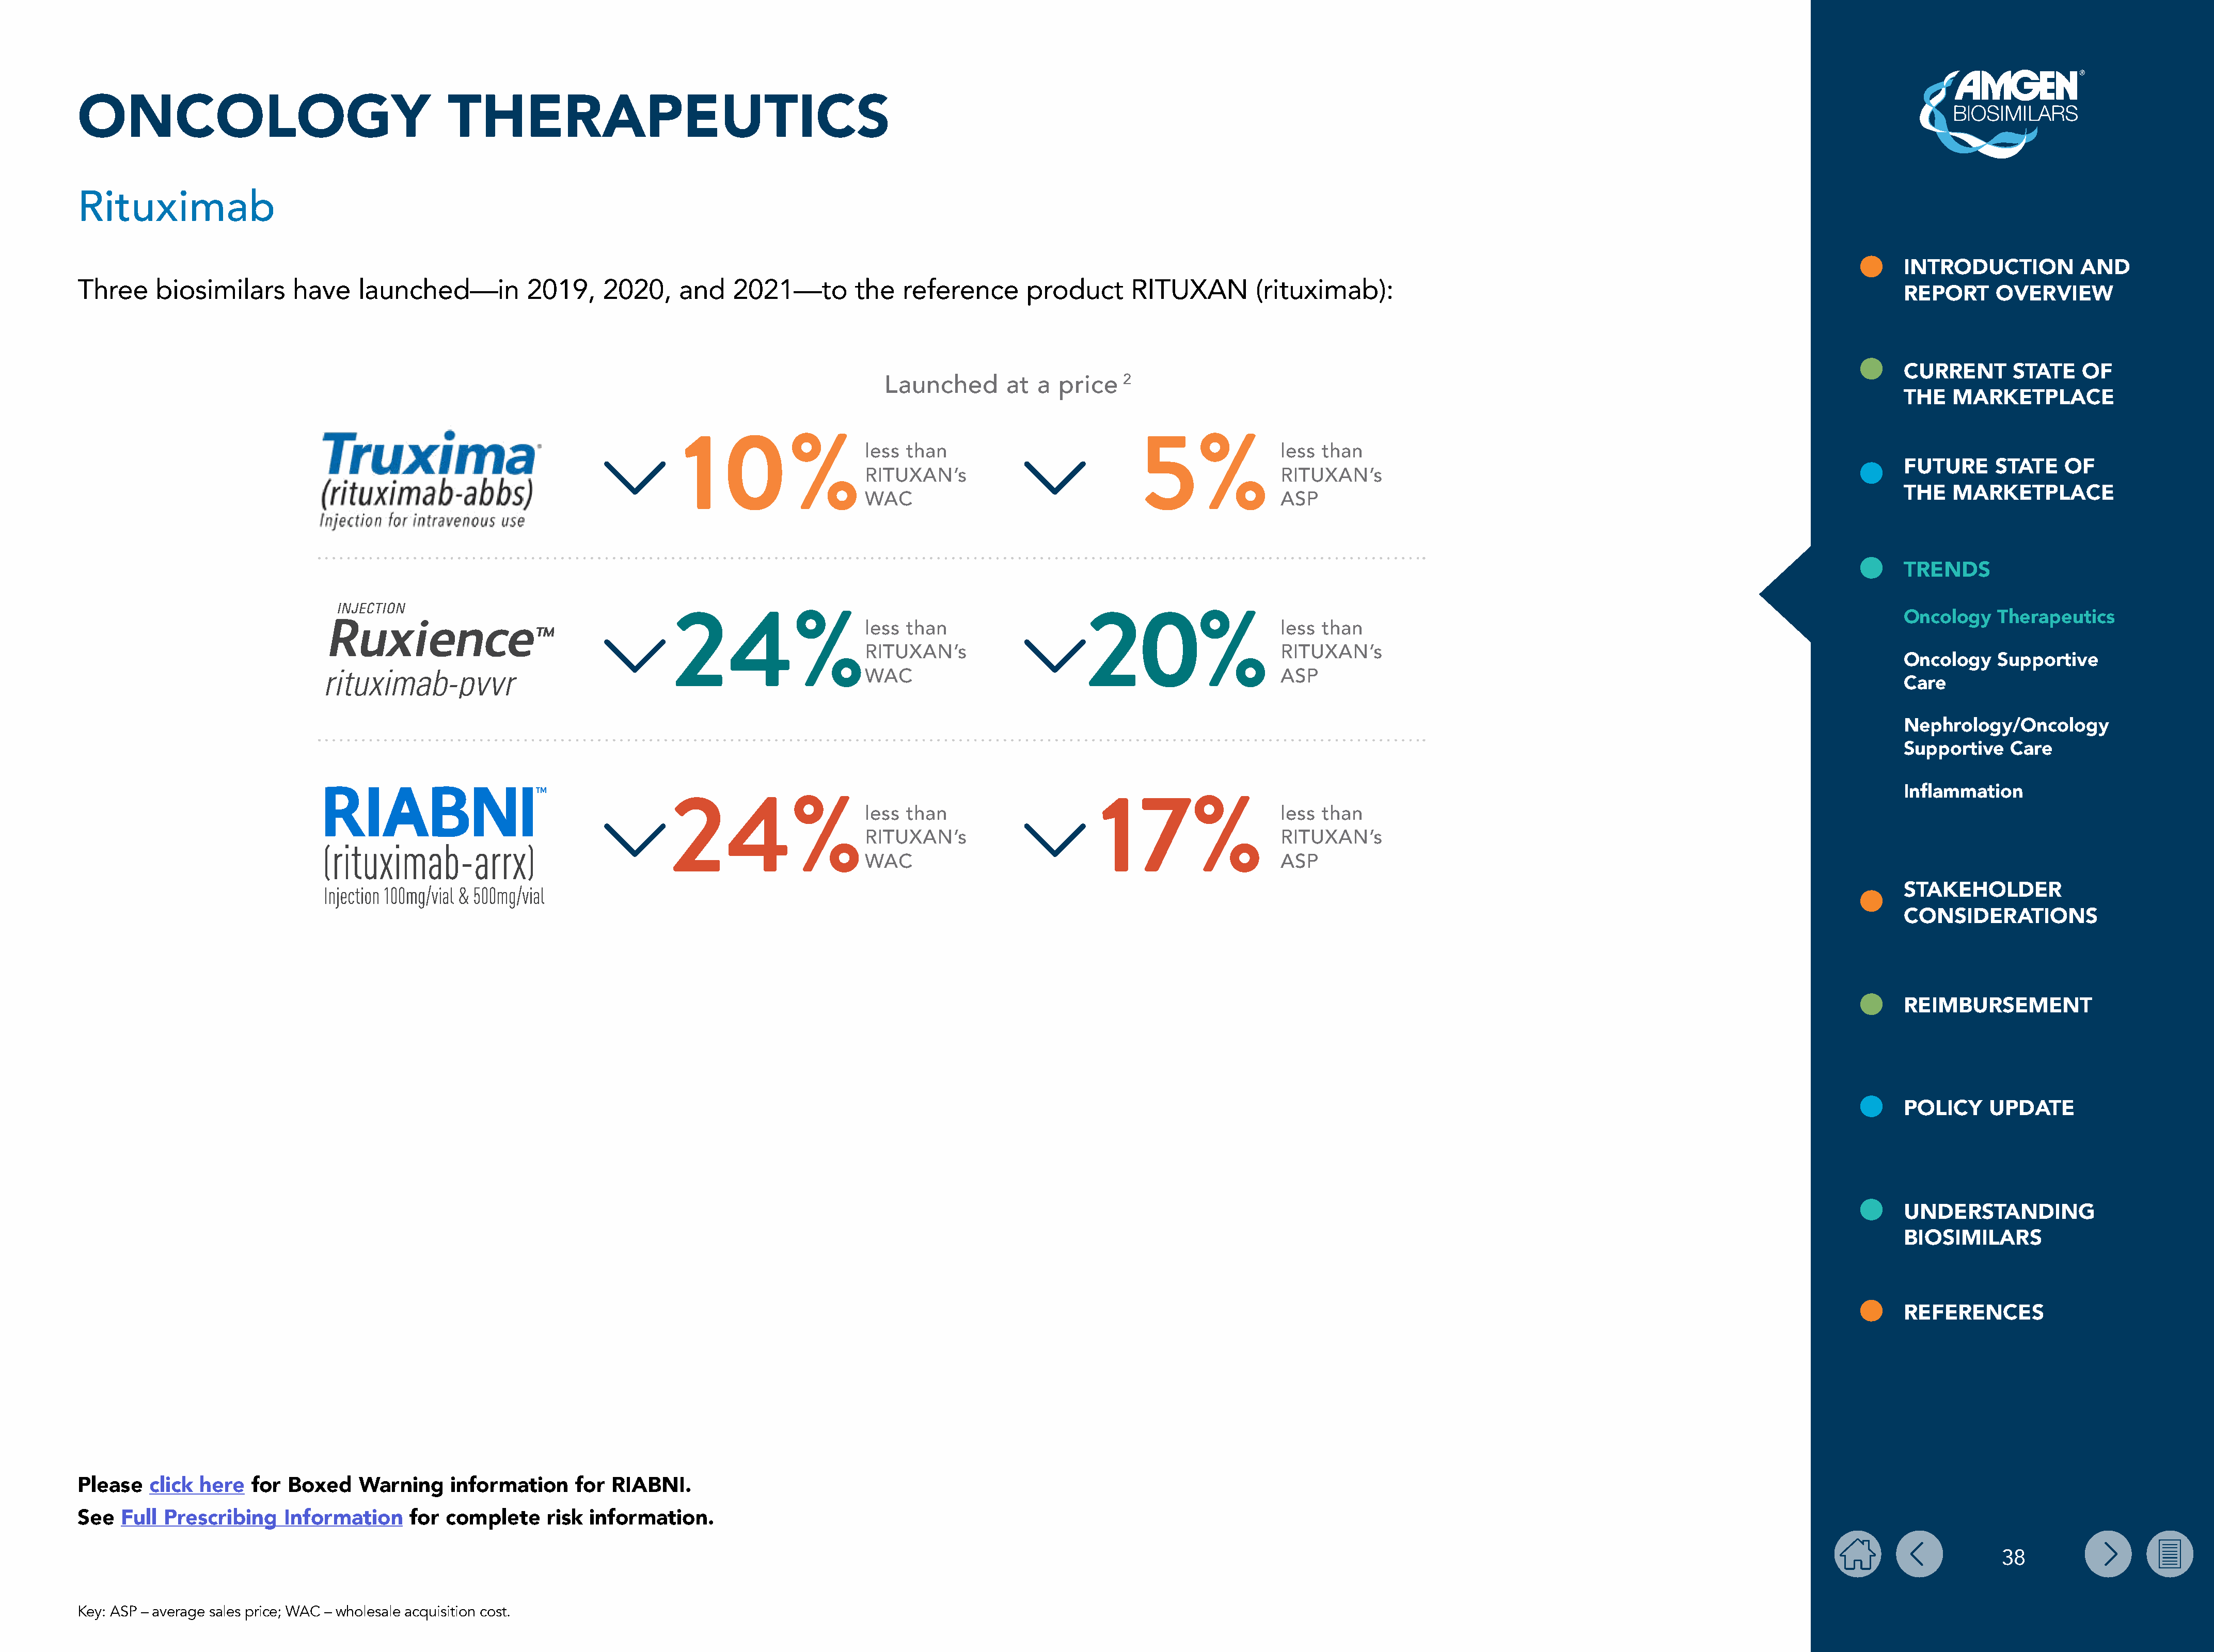
ONCOLOGY                                       THERAPEUTICS
 Rituximab
 INTRODUCTION           AND
 Three     biosimilars       have    launched—in           2019,    2020,     and    2021—to         the   reference       product      RITUXAN         (rituximab):
 REPORT      OVERVIEW
 CURRENT       STATE    OF
 Launched        at  a  price   2
 THE   MARKETPLACE
 10%                     less than                          5%                less than
 FUTURE      STATE    OF
 RITUXAN’s                                            RITUXAN’s
 THE   MARKETPLACE
 WAC                                                  ASP
 TRENDS
 Oncology    Therapeutics
 24%less                       than                   20%                      less than
 RITUXAN’s                                            RITUXAN’s
 Oncology    Supportive
 WAC                                                  ASP
 Care
 Nephrology/Oncology
 Supportive    Care
 Inflammation
 24%less                       than                     17%                    less than
 RITUXAN’s                                            RITUXAN’s
 WAC                                                  ASP
 STAKEHOLDER
 CONSIDERATIONS
 REIMBURSEMENT
 POLICY     UPDATE
 UNDERSTANDING
 BIOSIMILARS
 REFERENCES
 Please   click  here  for  Boxed    Warning     information     for RIABNI.
 See  Full  Prescribing    Information     for  complete     risk  information.
 38
 Key: ASP – average sales price; WAC – wholesale acquisition cost.